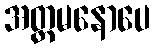
အတ္တမနောပေ